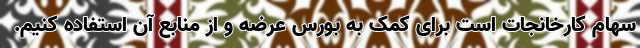
سهام کارخانجات است برای کمک به بورس عرضه و از منابع آن استفاده کنیم.